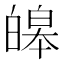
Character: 皞